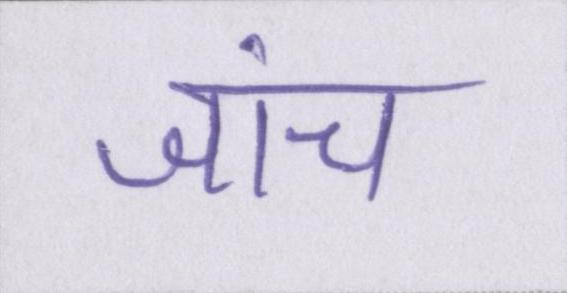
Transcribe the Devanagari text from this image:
जांच